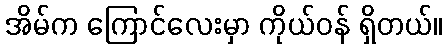
အိမ်က ကြောင်လေးမှာ ကိုယ်ဝန် ရှိတယ်။